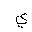
Letter: _ya